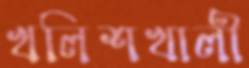
খলিশখালী